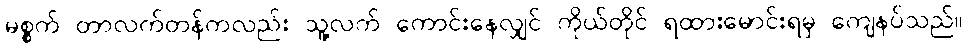
မစ္စက် တာလက်တန်ကလည်း သူ့လက် ကောင်းနေလျှင် ကိုယ်တိုင် ရထားမောင်းရမှ ကျေနပ်သည်။